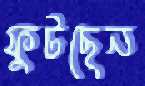
ফুটছেন